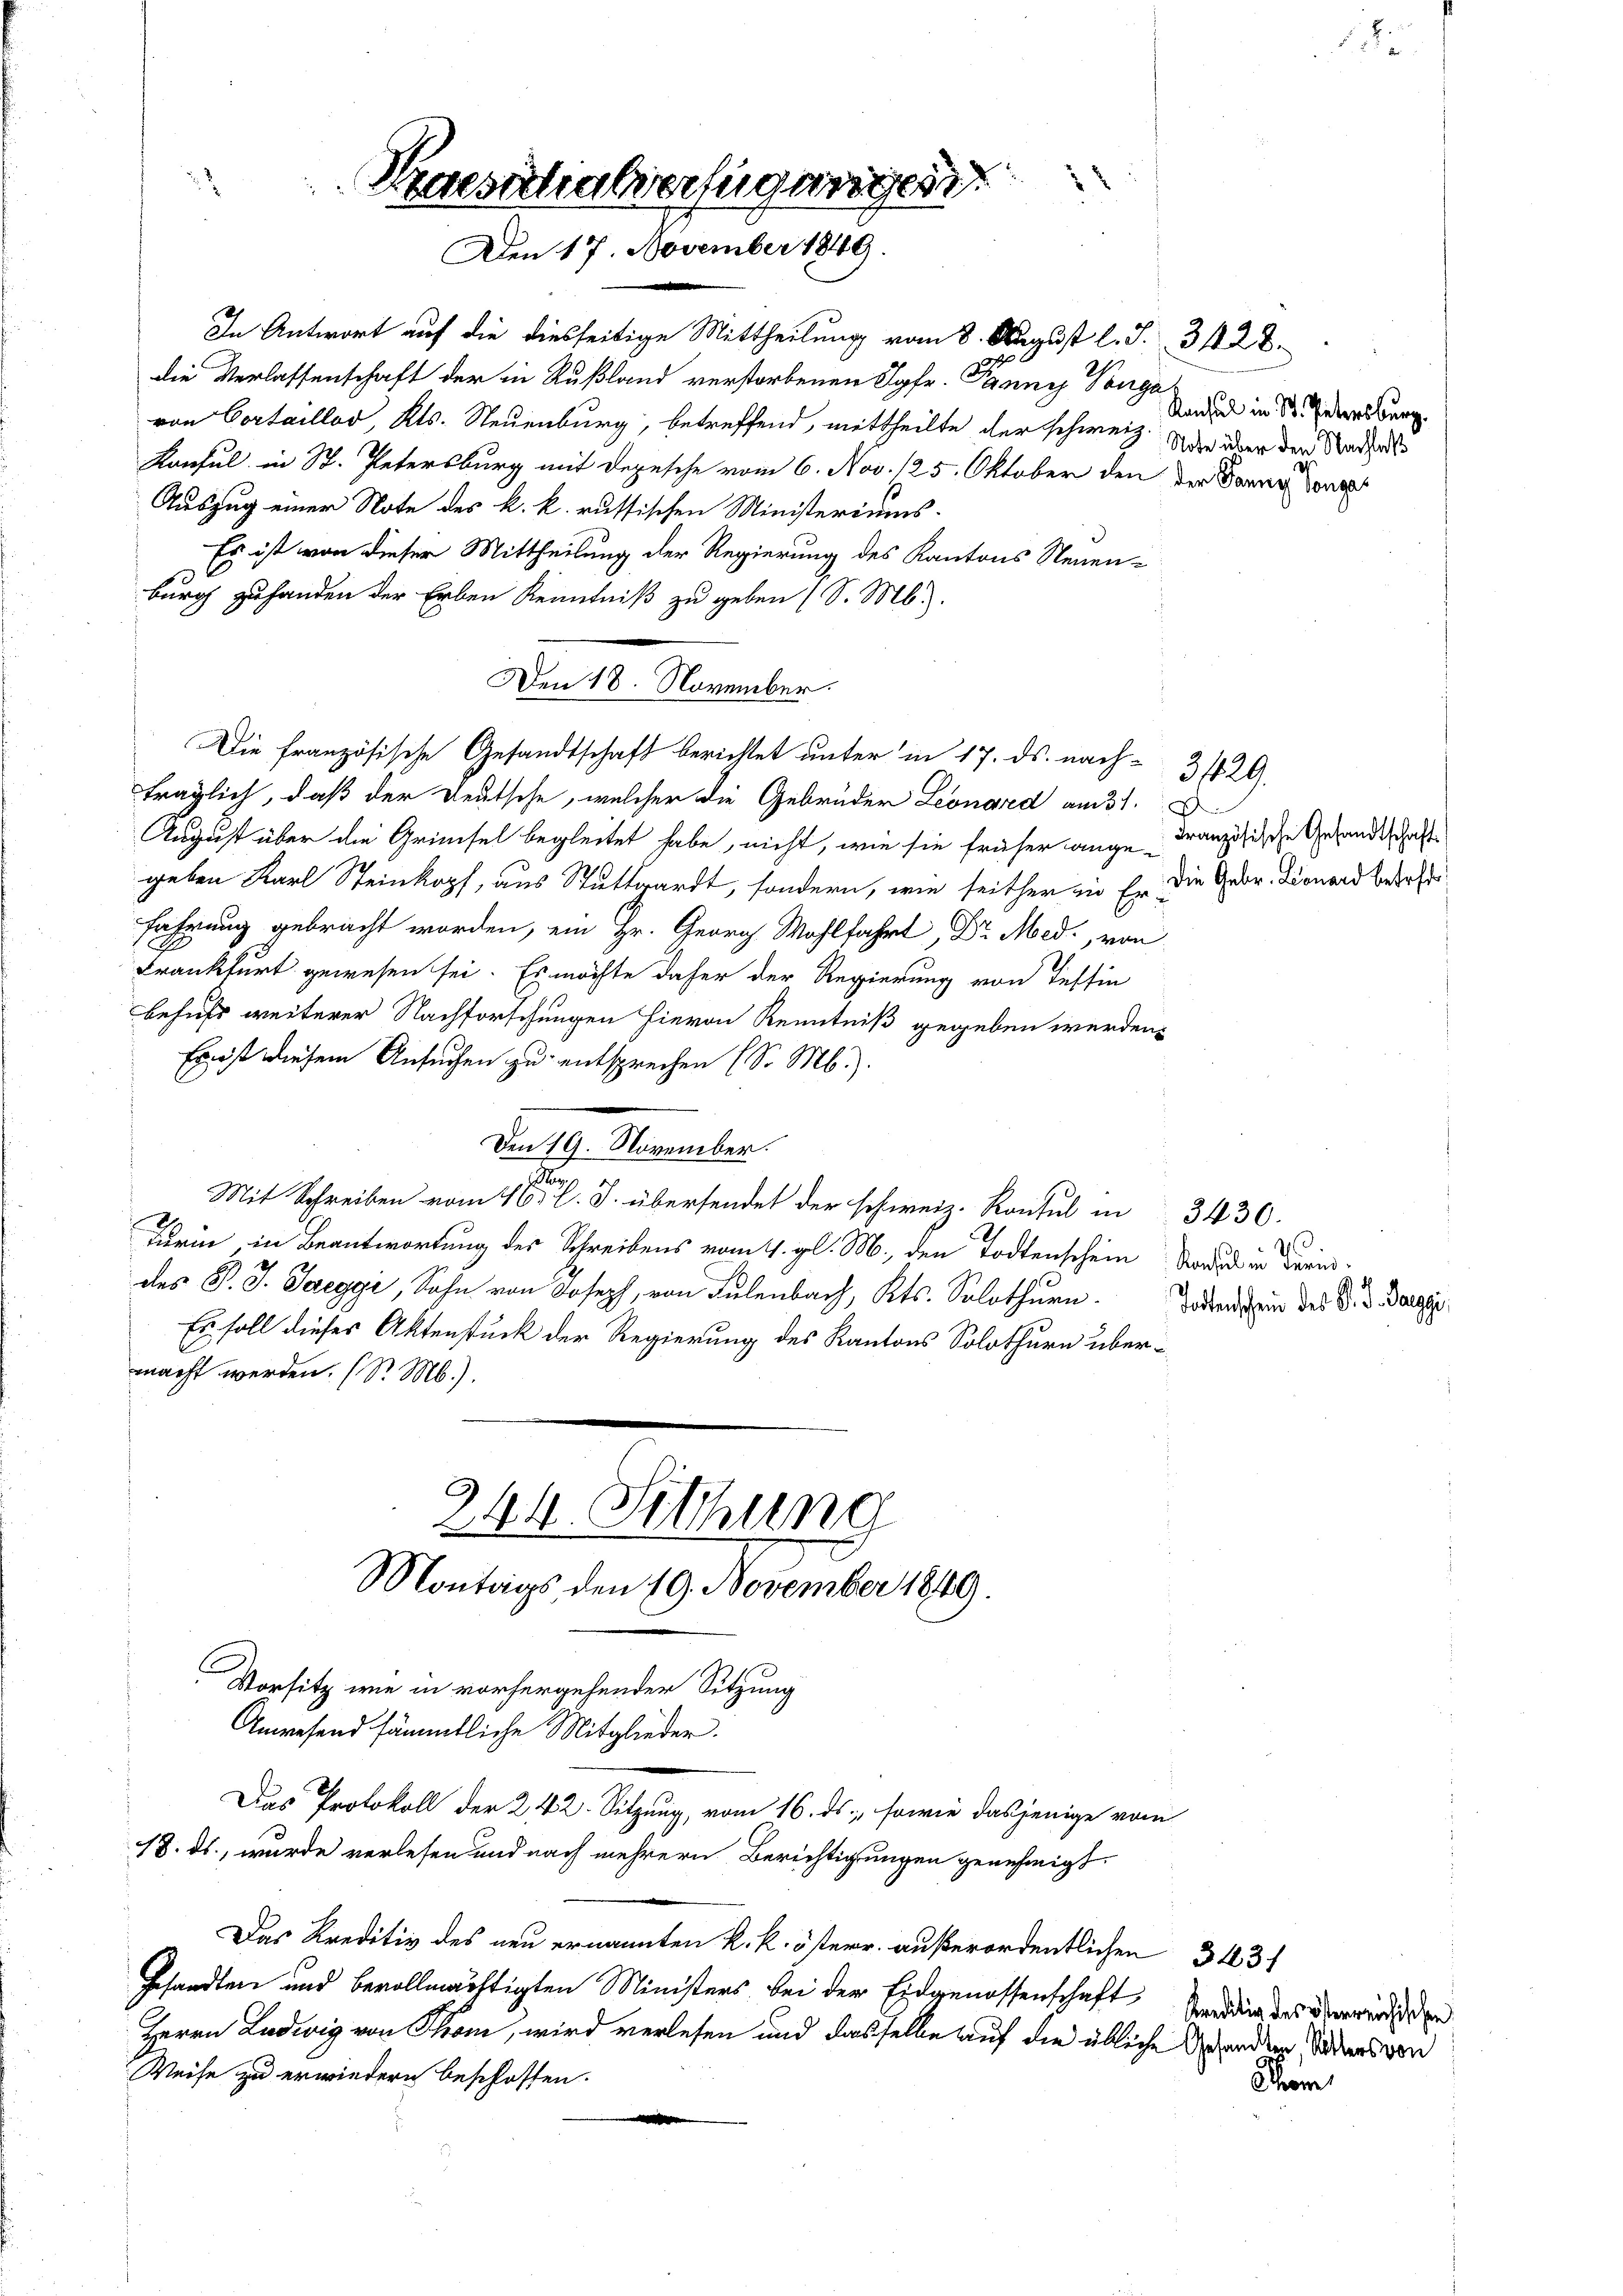
2

Praesichialverfügungen
Den 17. November 1849.

In Antwort auf die diesseitige Mittheilung vom 8. August l. S. 314. 28.
die Verlassenschaft der in Rußland verstorbenen Sofe. Ponnys Vorga
von Cortaillos, Kts. Neuenburg, betreffend, mittheilte der schweiz. Die über den Nachat
Konsul in St. Petersburg mit Depesche vom 6. Nov. 125. Oktober den der Banngen
Auszug einer Note des k. k. russischen Ministeriums-
Es ist von dieser Mittheilung der Regierung des Kantons Neuenburg zufanden der Erben Kenntniß zu geben (S. M.
träglich, daß der Deutsche, welcher die Gebrüder Leonard am 31.
August über die Grünsel begleitet habe, nicht, wie sie früher ange-
geben Karl Steinkopf, aus Stuttgardt, sondern, wie seither zu Er die Gebr. Tonard befehl
fahrung gebracht worden, ein Hr. Georg Wohlfahrt, Dr. Med., von
Frankfurt gewesen sei. Es möchte daher der Regierung von Tessin
behufs weiterer Nachforschungen hievon Kenntniß gegeben werden,
Ernst diesem Ansuchen zu entsprechen (S. M.).
Den 19. November.
n
Mit Schreiben vom 16. l. J. übersendet der schweiz. Konsul in
Turin in Beantwortung des Schreibens vom 4. gl. M., den Todtenschein Mord in Kreisdes B. J. Saeggi, Sohn von Joseph, von Sulenbach, Kts. Solothurn.
Es soll dieses Aktenstück der Regierung des Kantons Solothurn übermacht werden. (S. M.).
244. Sitzung
Montags den 19. November 1849.
Vorsitz wie in vorhergehenden Sitzung
Anwesend sämmtliche Mitglieder.
Das Protokoll der 242. Sitzung, vom 16. ds., sowie dasjenige vom
18. ds., wurde verlesen und nach mehrern Berichtigungen genehmigt.
Das Kreditiv des neu ernannten k. k. österr. außerordentlichen
Gesandten und bevollmächtigten Ministers bei der Eidgenossenschaft
Herrn Ludwig von Thon, wird verlesen und dasselbe auf die übliche Gesandten, Sodens von
Weise zu erwiedern beschlossen.

Den 18. November.
Die französische Gesandtschaft berichtet unter in 17. ds. nach-

2

Konsul in St. Petersburg.

3429.
Französische Gesandtschaft

3430.
Todtenschein des K. K. Sargi,

343
Kreditiv des österreichischen

.

t